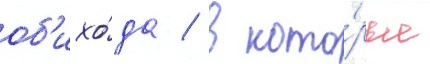
об'ихо́да / в кото́рые